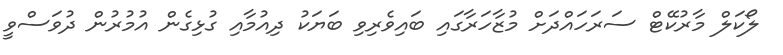
ލޯކަލް މާރުކޭޓް ސަރަހައްދަށް މުޒާހަރާގައި ބައިވެރިވި ބަޔަކު ދިއުމާއި ގުޅިގެން އުމުރުން ދުވަސްވީ